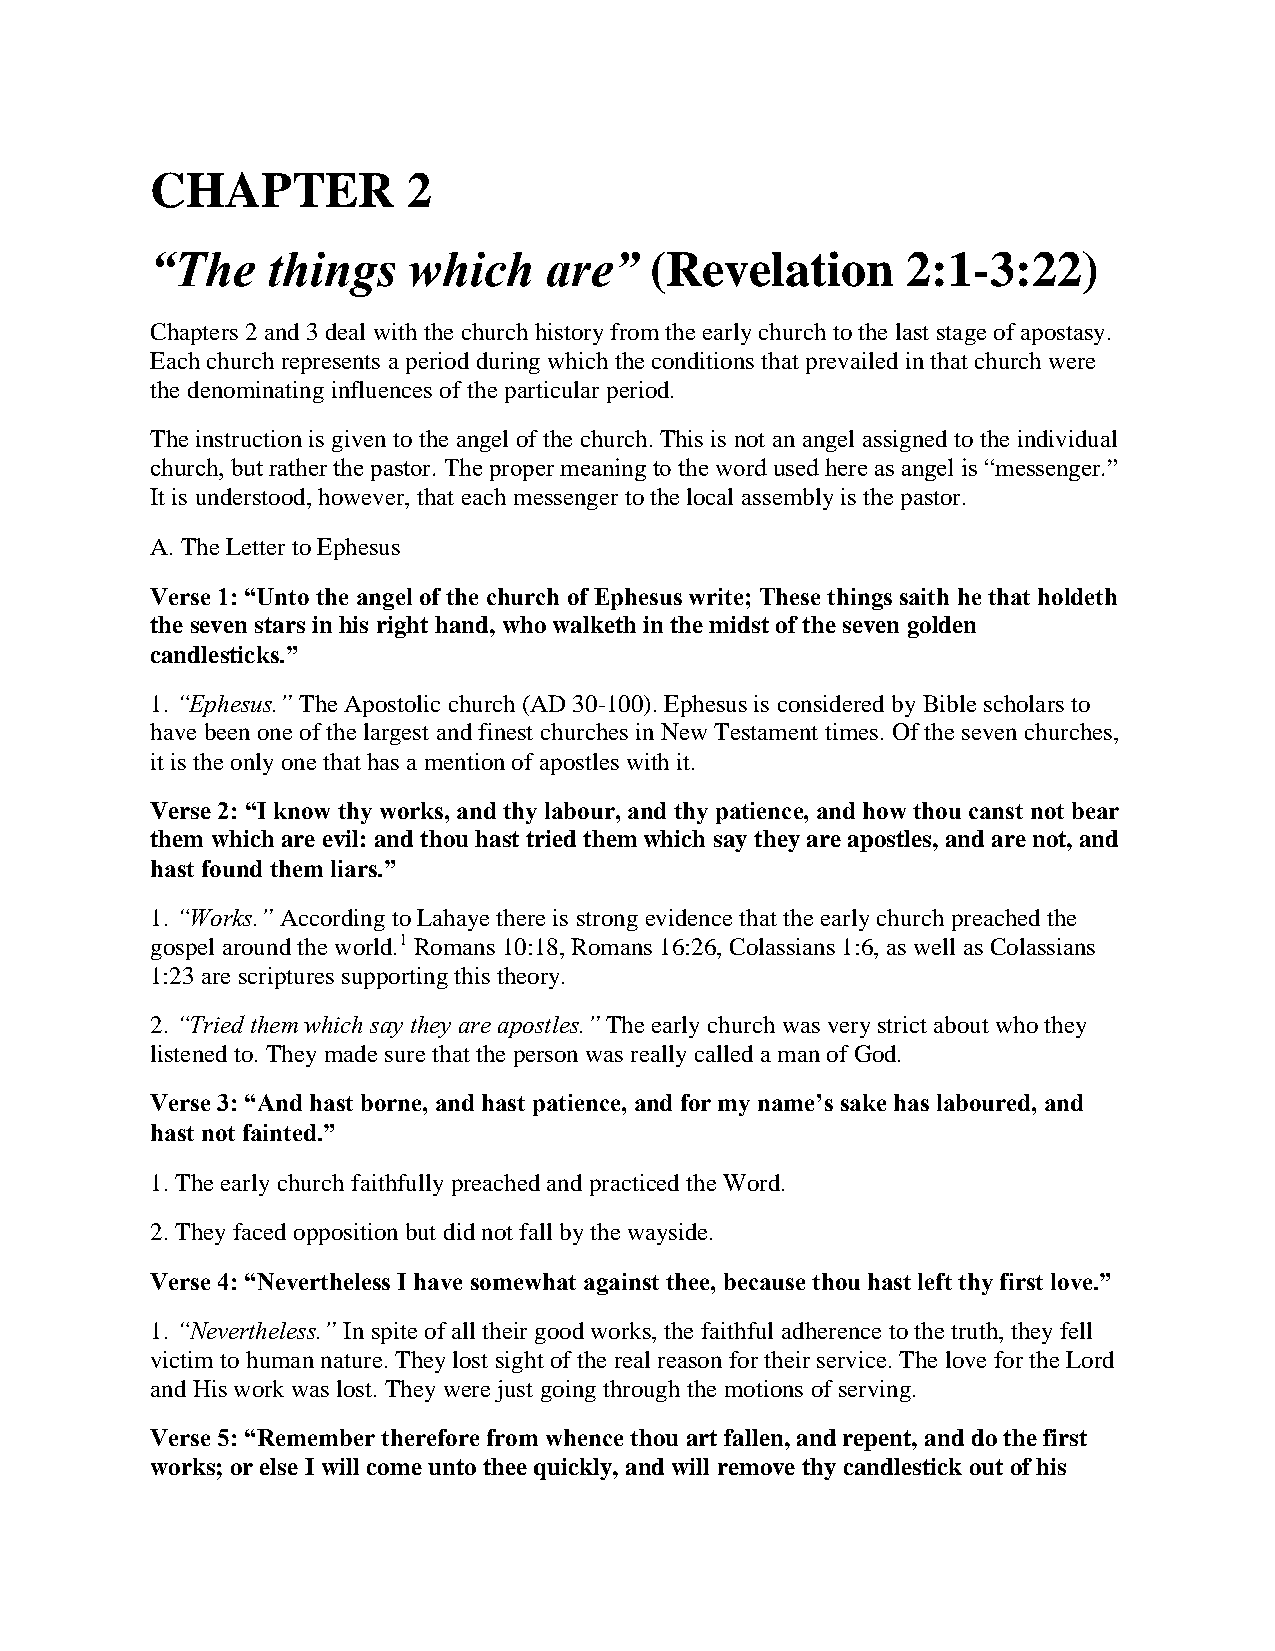
CHAPTER          2
 “The    things   which    are”   (Revelation      2:1-3:22)
 Chapters 2 and 3 deal with the church history from the early church to the last stage of apostasy.
 Each church represents a period during which the conditions that prevailed in that church were
 the denominating influences of the particular period.
 The instruction is given to the angel of the church. This is not an angel assigned to the individual
 church, but rather the pastor. The proper meaning to the word used here as angel is “messenger.”
 It is understood, however, that each messenger to the local assembly is the pastor.
 A. The Letter to Ephesus
 Verse 1: “Unto the angel of the church of Ephesus write; These things saith he that holdeth
 the seven stars in his right hand, who walketh in the midst of the seven golden
 candlesticks.”
 1. “Ephesus.” The Apostolic church (AD 30-100). Ephesus is considered by Bible scholars to
 have been one of the largest and finest churches in New Testament times. Of the seven churches,
 it is the only one that has a mention of apostles with it.
 Verse 2: “I know thy works, and thy labour, and thy patience, and how thou canst not bear
 them which are evil: and thou hast tried them which say they are apostles, and are not, and
 hast found them liars.”
 1. “Works.” According to Lahaye there is strong evidence that the early church preached the
 gospel around the world.1 Romans 10:18, Romans 16:26, Colassians 1:6, as well as Colassians
 1:23 are scriptures supporting this theory.
 2. “Tried them which say they are apostles.” The early church was very strict about who they
 listened to. They made sure that the person was really called a man of God.
 Verse 3: “And hast borne, and hast patience, and for my name’s sake has laboured, and
 hast not fainted.”
 1. The early church faithfully preached and practiced the Word.
 2. They faced opposition but did not fall by the wayside.
 Verse 4: “Nevertheless I have somewhat against thee, because thou hast left thy first love.”
 1. “Nevertheless.” In spite of all their good works, the faithful adherence to the truth, they fell
 victim to human nature. They lost sight of the real reason for their service. The love for the Lord
 and His work was lost. They were just going through the motions of serving.
 Verse 5: “Remember therefore from whence thou art fallen, and repent, and do the first
 works; or else I will come unto thee quickly, and will remove thy candlestick out of his